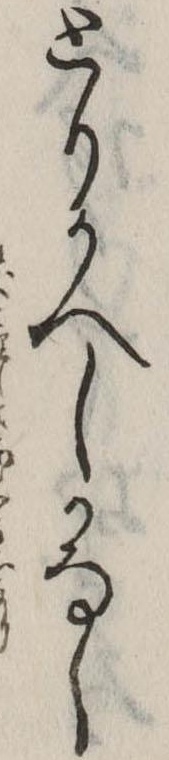
とりかへしかなし